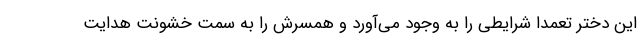
این دختر تعمدا شرایطی را به وجود می‌آورد و همسرش را به سمت خشونت هدایت